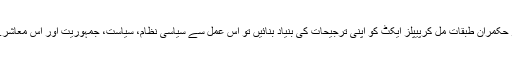
اگر سیاسی عمل میں سیاسی جماعتیں اور حکمران طبقات مل کرپیپلز ایکٹ کو اپنی ترجیحات کی بنیاد بنائیں تو اس عمل سے سیاسی نظام، سیاست، جمہوریت اور اس معاشرے کی اخلاقی ساکھ بھی قائم ہوسکے گی۔